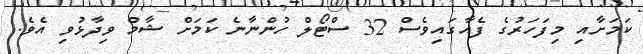
ކަމަށާއި މިފަހަރުގެ ފެއާގައިވެސް 32 ސްޓޯލް ހުންނާނެ ކަމަށް ޝާމް ވިދާޅުވި އެވެ.